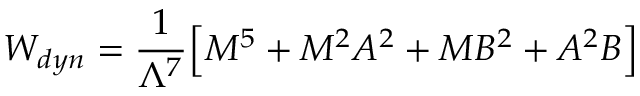
W _ { d y n } = \frac { 1 } { \Lambda ^ { 7 } } \Big [ M ^ { 5 } + M ^ { 2 } A ^ { 2 } + M B ^ { 2 } + A ^ { 2 } B \Big ]